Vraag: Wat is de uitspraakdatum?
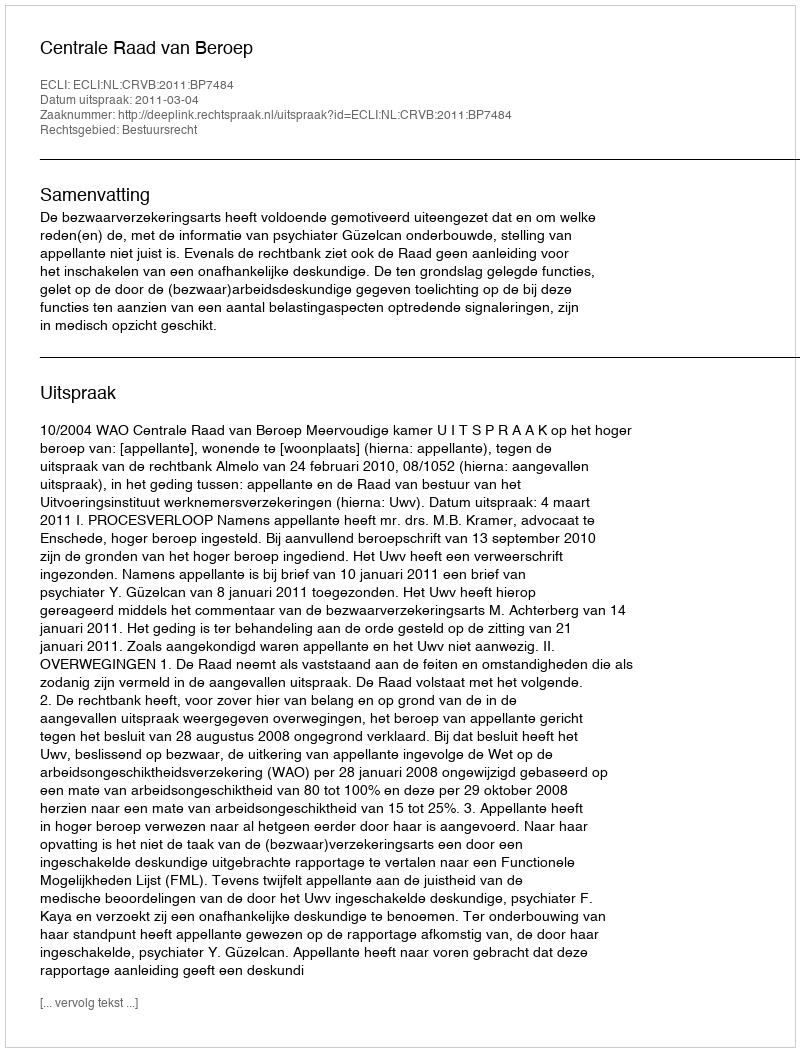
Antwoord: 2011-03-04